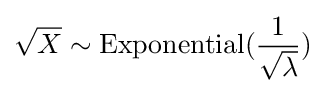
{\sqrt {X}}\sim \mathrm {Exponential} ({\frac {1}{\sqrt {\lambda }}})